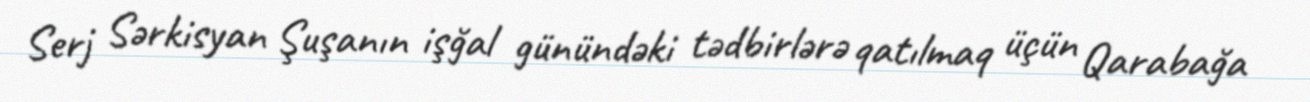
Serj Sərkisyan Şuşanın işğal günündəki tədbirlərə qatılmaq üçün Qarabağa